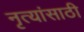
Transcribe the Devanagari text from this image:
नृत्यांसाठी